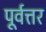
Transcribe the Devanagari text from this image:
पूर्वत्तर